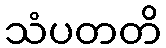
သံပတတိ